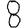
Digit: 8